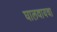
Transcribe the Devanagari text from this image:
घालवायचा